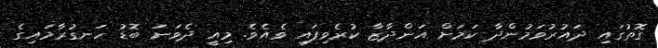
ގޮތުގައި ދައުރުވަމުންދާ ކަމަށް އަންދާޒާ ކުރެވިފައި ވެއެވެ. މިއީ ދެވަނަ ބޮޑު ހަނގުރާމައިގެ